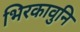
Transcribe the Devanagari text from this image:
भिरकावुनि